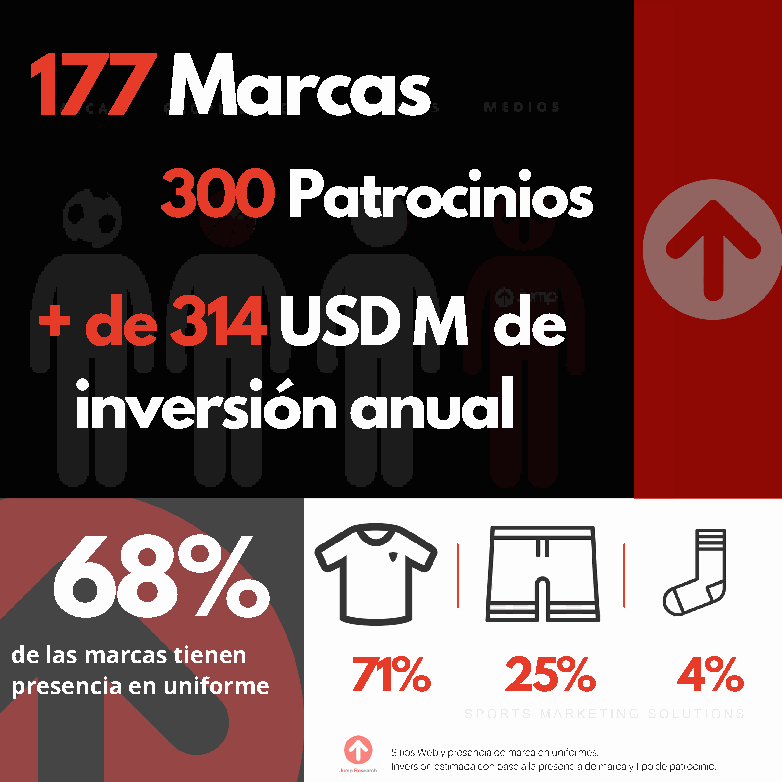
177      Marcas
 300     Patrocinios
 +   de   314    USD      M     de
 inversión         anual
 68%
 de las marcas tienen
 71%       25%         4%
 presencia en uniforme
 - Sitios Web y presencia de marca en uniformes.
 - Inversión estimada con base a la presencia de marca y tipo de patrocinio.